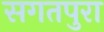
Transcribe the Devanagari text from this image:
सगतपुरा